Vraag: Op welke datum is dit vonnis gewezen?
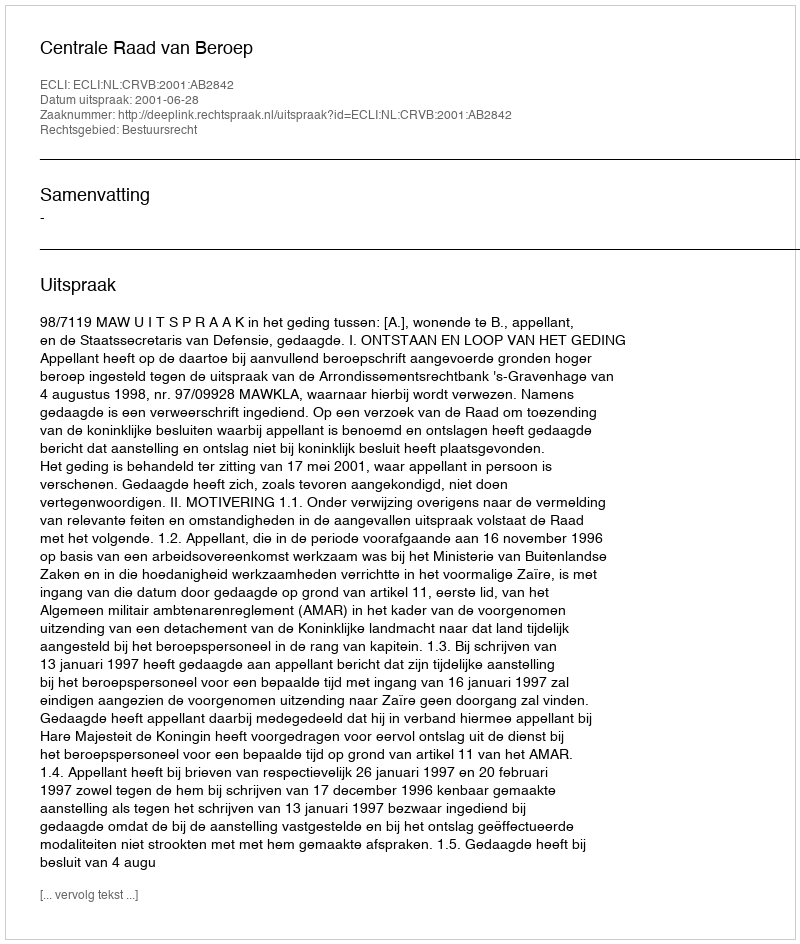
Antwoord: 2001-06-28